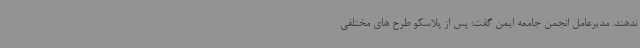
ندهند. مدیرعامل انجمن جامعه ایمن گفت: پس از پلاسکو طرح های مختلفی